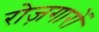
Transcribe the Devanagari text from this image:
रोज़गारों